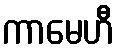
ကာမေဟီ